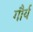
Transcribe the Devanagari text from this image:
गौर्य